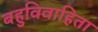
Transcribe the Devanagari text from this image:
बहुविवाहिता